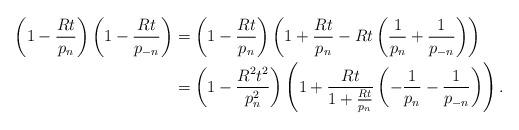
LaTeX: \begin{align*} \left(1 - \frac{Rt}{p_n} \right) \left(1 - \frac{Rt}{p_{-n}} \right)& = \left(1 - \frac{Rt}{p_n} \right) \left(1 + \frac{Rt}{p_n} - Rt \left(\frac{1}{p_n} + \frac{1}{p_{-n}} \right) \right) \\& = \left(1 - \frac{R^2t^2}{p_n^2} \right)\left(1 + \frac{Rt}{1+ \frac{Rt}{p_n}} \left(-\frac{1}{p_n}- \frac{1}{p_{-n}}\right)\right).\end{align*}